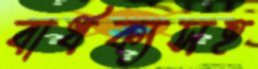
বার্ধক্যসহ